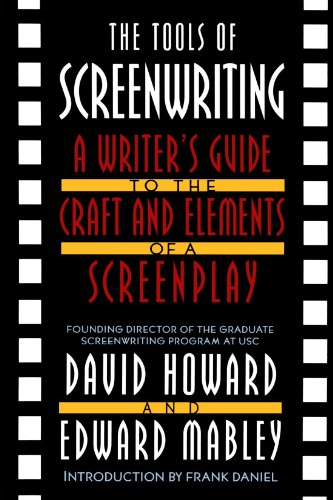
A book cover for The Tools of Screenwriting: A Writer's Guide to the Craft and Elements of a Screenplay; David Howard; Humor & Entertainment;